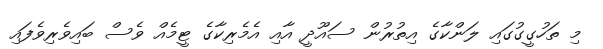
މި ތަހުގީގުގައި ލަންކާގެ އިތުރުން ސައޫދީ އާއި އެމެރިކާގެ ޓީމެއް ވެސް ބައިވެރިވެފައި